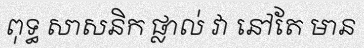
ពុទ្ធ សាសនិក ផ្លាល់ វា នៅតែ មាន